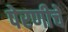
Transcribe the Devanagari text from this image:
पेरणीचे